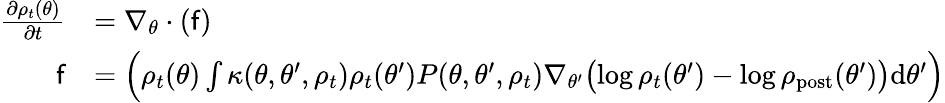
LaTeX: \begin{array}{rl}{\frac{\partial\rho_{t}(\theta)}{\partial t}}&{=\nabla_{\theta}\cdot(\mathsf{f})}\\ {\mathsf{f}}&{=\Bigl(\rho_{t}(\theta)\int\kappa(\theta,\theta^{\prime},\rho_{t})\rho_{t}(\theta^{\prime})P(\theta,\theta^{\prime},\rho_{t})\nabla_{\theta^{\prime}}\bigl(\log\rho_{t}(\theta^{\prime})-\log\rho_{\mathrm{post}}(\theta^{\prime})\bigr)\mathrm{d}\theta^{\prime}\Bigr)}\end{array}